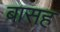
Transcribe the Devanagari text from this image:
बासह